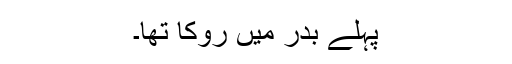
پہلے بدر میں روکا تھا۔